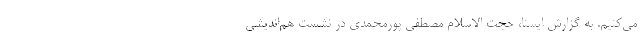
می‌کنیم. به گزارش ایسنا، حجت الاسلام مصطفی پورمحمدی در نشست هم‌اندیشی